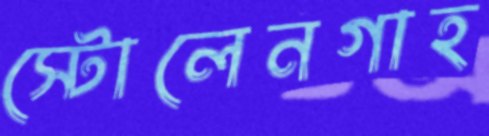
স্টোলেনগাহ